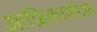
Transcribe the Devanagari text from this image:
आफ्रिकाखंडात